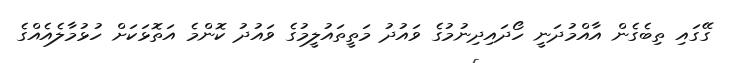
ގޭގައި ތިބެގެން އާއްމުދަނީ ހޯދައިދިނުމުގެ ވައުދު މަތީތައުލީމުގެ ވައުދު ކޮންމެ އަތޮޅަކަށް ހުޅުމާލެއެއްގެ